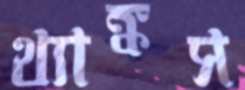
থ্যাঙ্কস